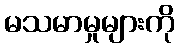
မသမာမှုများကို